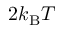
2 k _ { \mathrm { B } } T